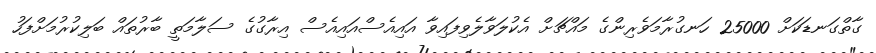
ގާތްގަނޑަކަށް 25000 ހަނގުރާމަވެރިންގެ މައްޗަށް އެކުލަވާލެވިފައިވާ އައިއެސްއައިއެސް އިރާގުގެ ސަލާމަތީ ބާރުތައް ބަލިކުރުމަށްފަހު